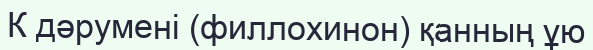
К дәруменi (филлохинон) қанның ұю